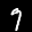
Label: 7